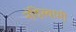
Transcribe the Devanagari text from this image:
नंदिस्वामी